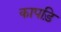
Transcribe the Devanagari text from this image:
कापड़ि